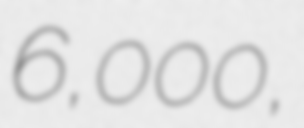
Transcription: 6,000,